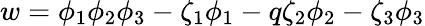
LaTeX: w=\phi_{1}\phi_{2}\phi_{3}-\zeta_{1}\phi_{1}-q\zeta_{2}\phi_{2}-\zeta_{3}\phi_{3}